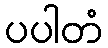
ပပါတံ